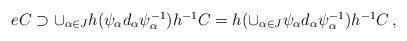
LaTeX: \begin{align*}\begin{array}{c}eC \supset \cup _{\alpha \in J} h (\psi _{\alpha } d_{\alpha } \psi _{\alpha } ^{-1} ) h ^{-1} C =h ( \cup _{\alpha \in J}\psi _{\alpha } d_{\alpha } \psi _{\alpha } ^{-1}) h ^{-1} C \,,\end{array}\end{align*}